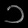
Digit: ၁